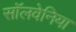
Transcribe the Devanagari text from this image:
सॉलवेनिया